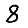
Digit: 8